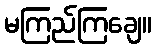
မကြည်ကြချေ။